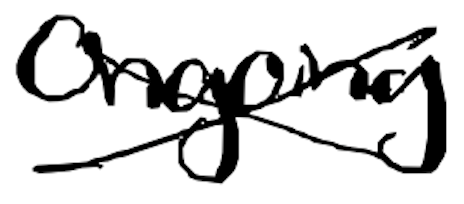
Text: Ongoing
Cross-out: cross
Writing tool: digital_black